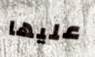
عليها